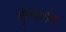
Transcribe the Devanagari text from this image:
शृंगप्रधान